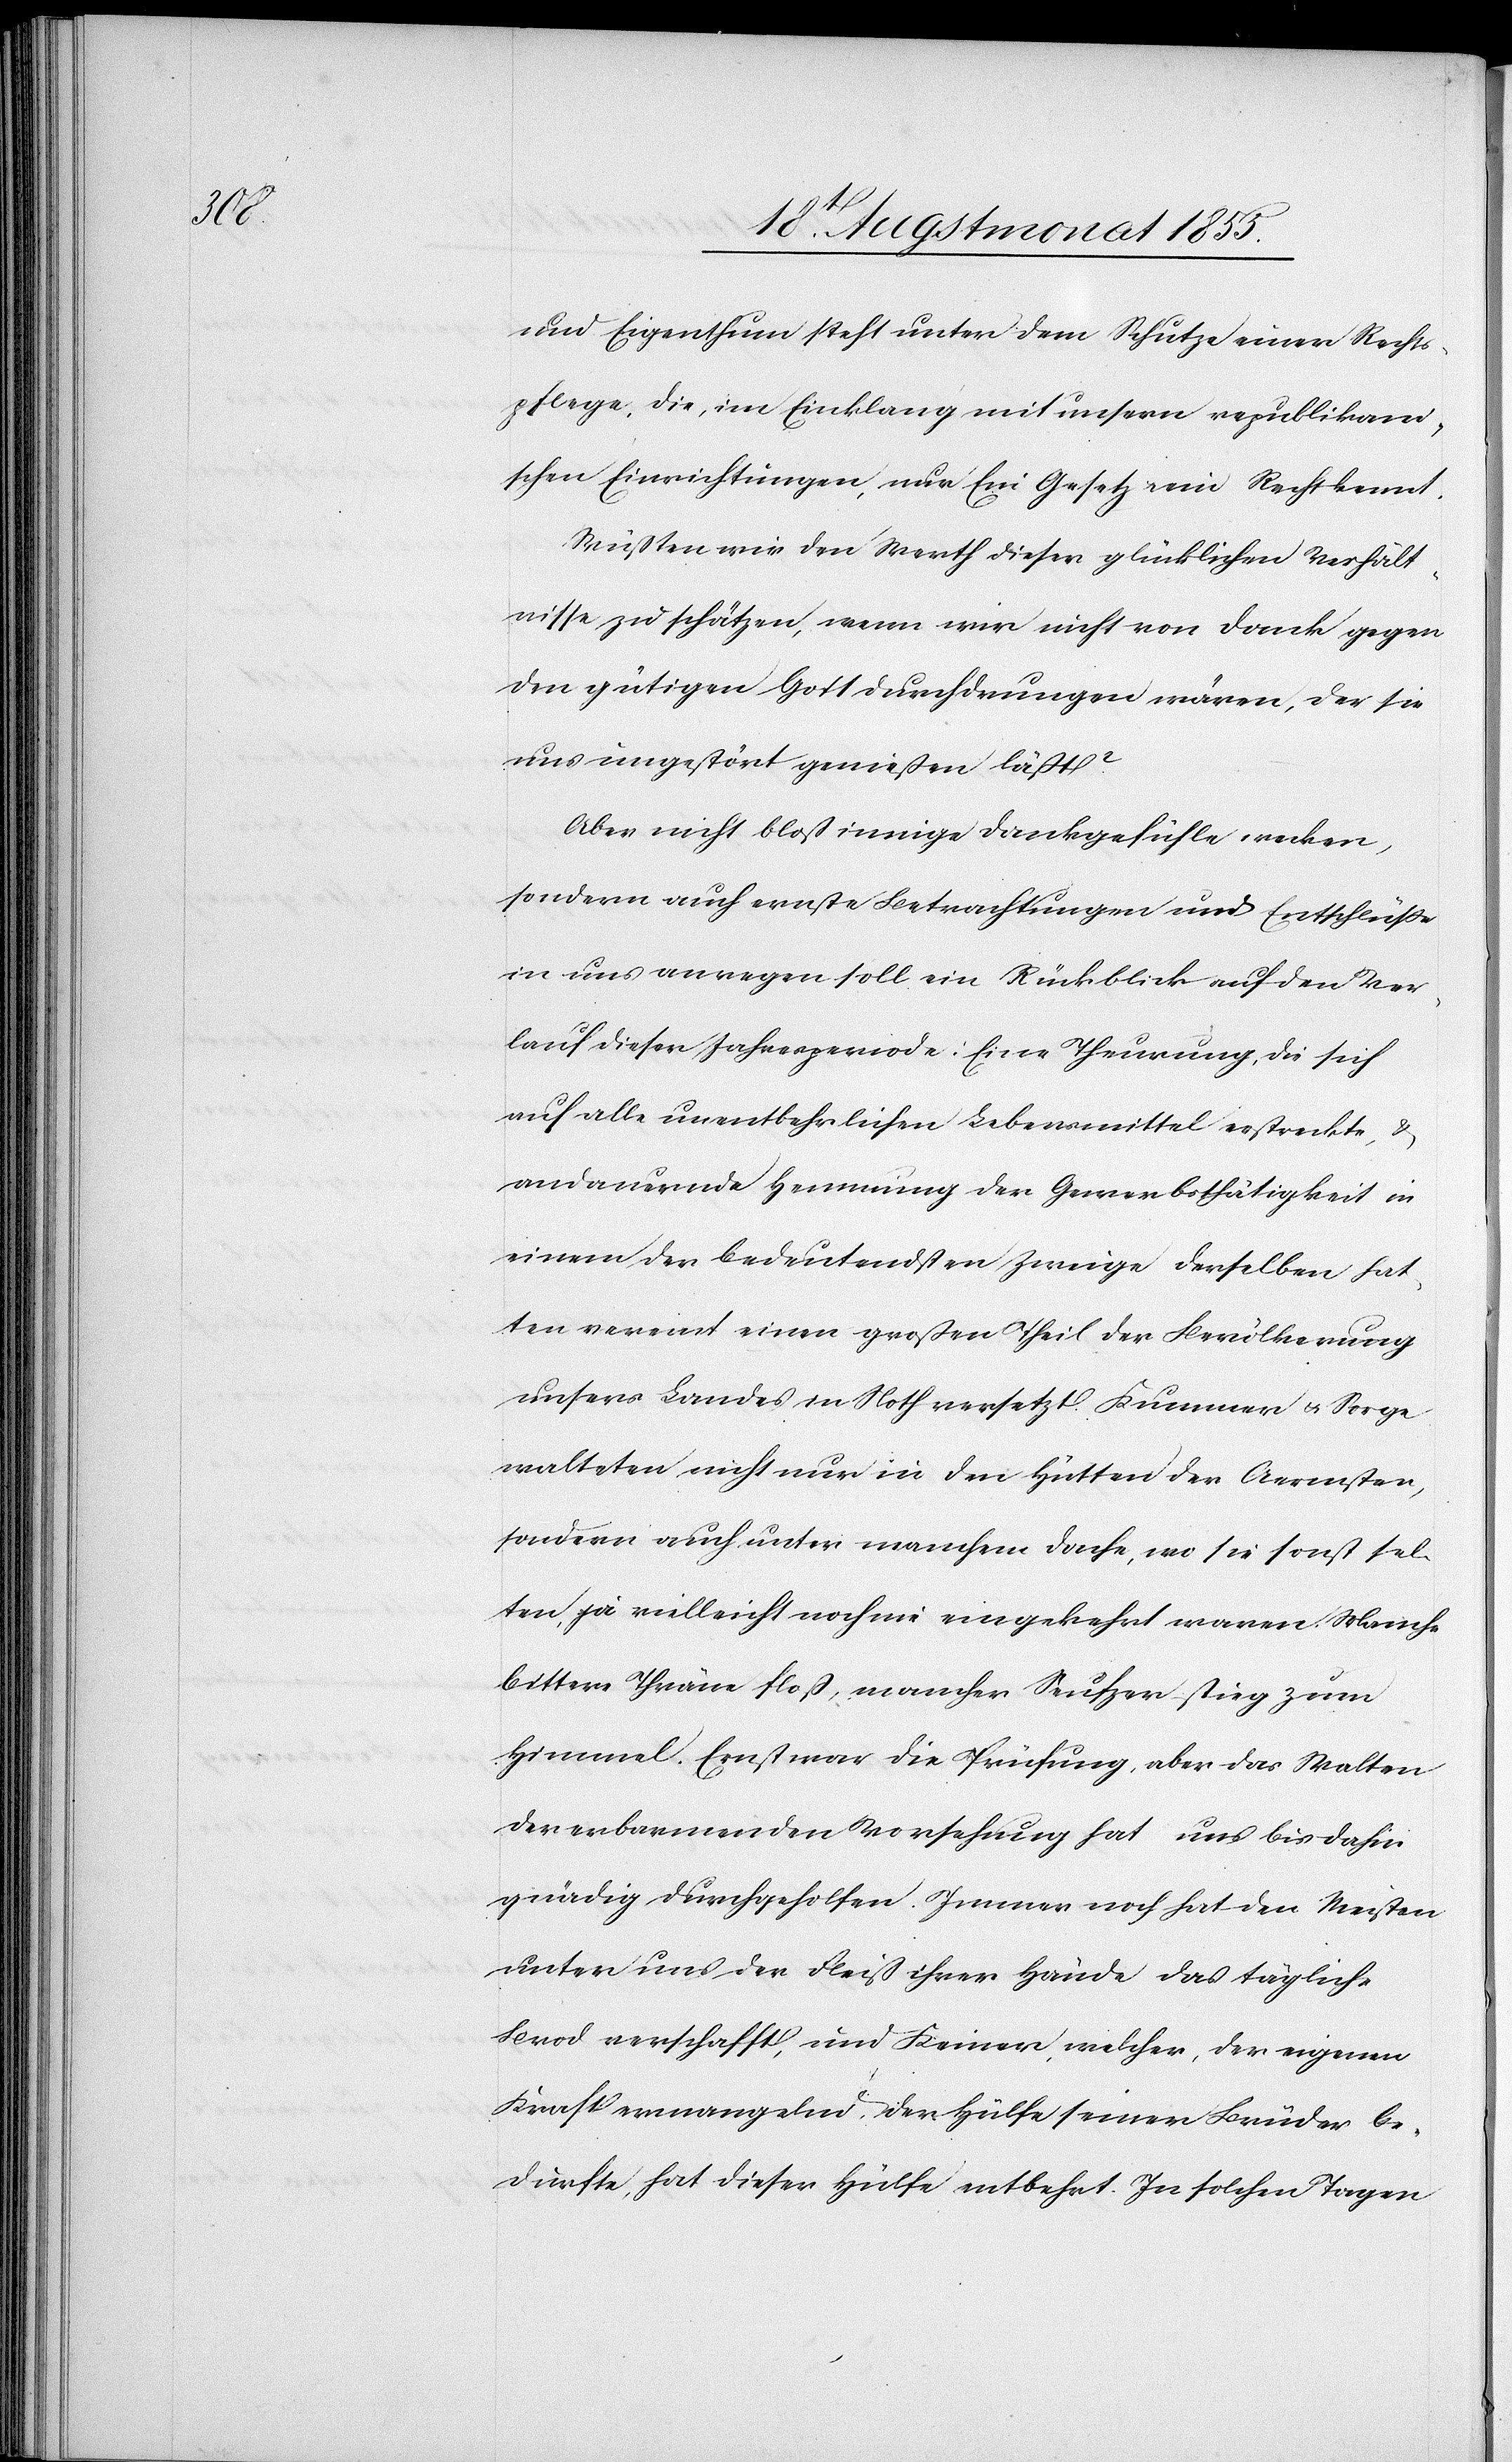
und Eigenthum steht unter dem Schutze einer Rechts¬
pflege, die, im Einklang mit unsern republikani¬
schen Einrichtungen, nur Ein Gesetz & ein Recht kennt.
Wüßten wir den Werth dieser glücklichen Verhält¬
nisse zu schätzen, wenn wir nicht von Dank gegen
den gütigen Gott durchdrungen wären, der sie
uns ungestört genießen läßt?
Aber nicht bloß innige Dankgefühle wecken,
sondern auch ernste Betrachtungen und Entschlüße
in uns anregen soll ein Rückblick auf den Ver¬
lauf dieser Jahresperiode: Eine Theurung, die sich
auf alle unentbehrlichen Lebensmittel erstreckte, &
andauernde Hemmung der Gewerbsthätigkeit in
einem der bedeutendsten Zweige derselben hat¬
ten vereint einen großen Theil der Bevölkerung
unsers Landes in Noth versetzt. Kummer & Sorge
walteten nicht nur in den Hütten der Aermsten,
sondern auch unter manchem Dorfe, wo sie sonst sel¬
ten, ja vielleicht noch nie eingekehrt waren. Manche
bittere Thräne floß, mancher Seufzer stieg zum
Himmel. Ernst war die Prüfung, aber das Walten
der erbarmenden Vorsehung hat uns bis dahin
gnädig durchgeholfen. Immer noch hat den Meisten
unter uns der Fleiß ihrer Hände das tägliche
Brod verschafft, und Keiner, welcher, der eigenen
Kraft ermangelnd, der Hülfe seiner Brüder be¬
dürfte, hat dieser Hülfe entbehrt. In solchen Tagen